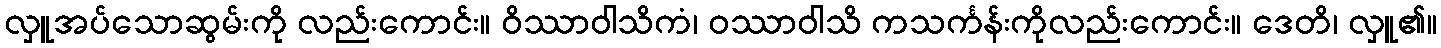
လှူအပ်သောဆွမ်းကို လည်းကောင်း။ ဝိဿာဝါသိကံ၊ ဝဿာဝါသိ ကသင်္ကန်းကိုလည်းကောင်း။ ဒေတိ၊ လှူ၏။